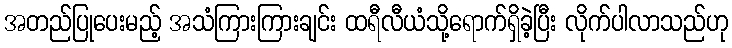
အတည်ပြုပေးမည့် အသံကြားကြားချင်း ထရီလီယံသို့ရောက်ရှိခဲ့ပြီး လိုက်ပါလာသည်ဟု